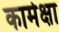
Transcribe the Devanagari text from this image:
कामेक्षा